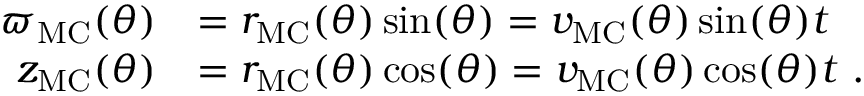
\begin{array} { r l } { \varpi _ { \mathrm { M C } } ( \theta ) } & { = r _ { \mathrm { M C } } ( \theta ) \sin ( \theta ) = v _ { \mathrm { M C } } ( \theta ) \sin ( \theta ) t } \\ { z _ { \mathrm { M C } } ( \theta ) } & { = r _ { \mathrm { M C } } ( \theta ) \cos ( \theta ) = v _ { \mathrm { M C } } ( \theta ) \cos ( \theta ) t \ . } \end{array}